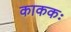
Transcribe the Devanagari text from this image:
काककः